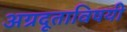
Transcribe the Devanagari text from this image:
अग्रदूताविषयी